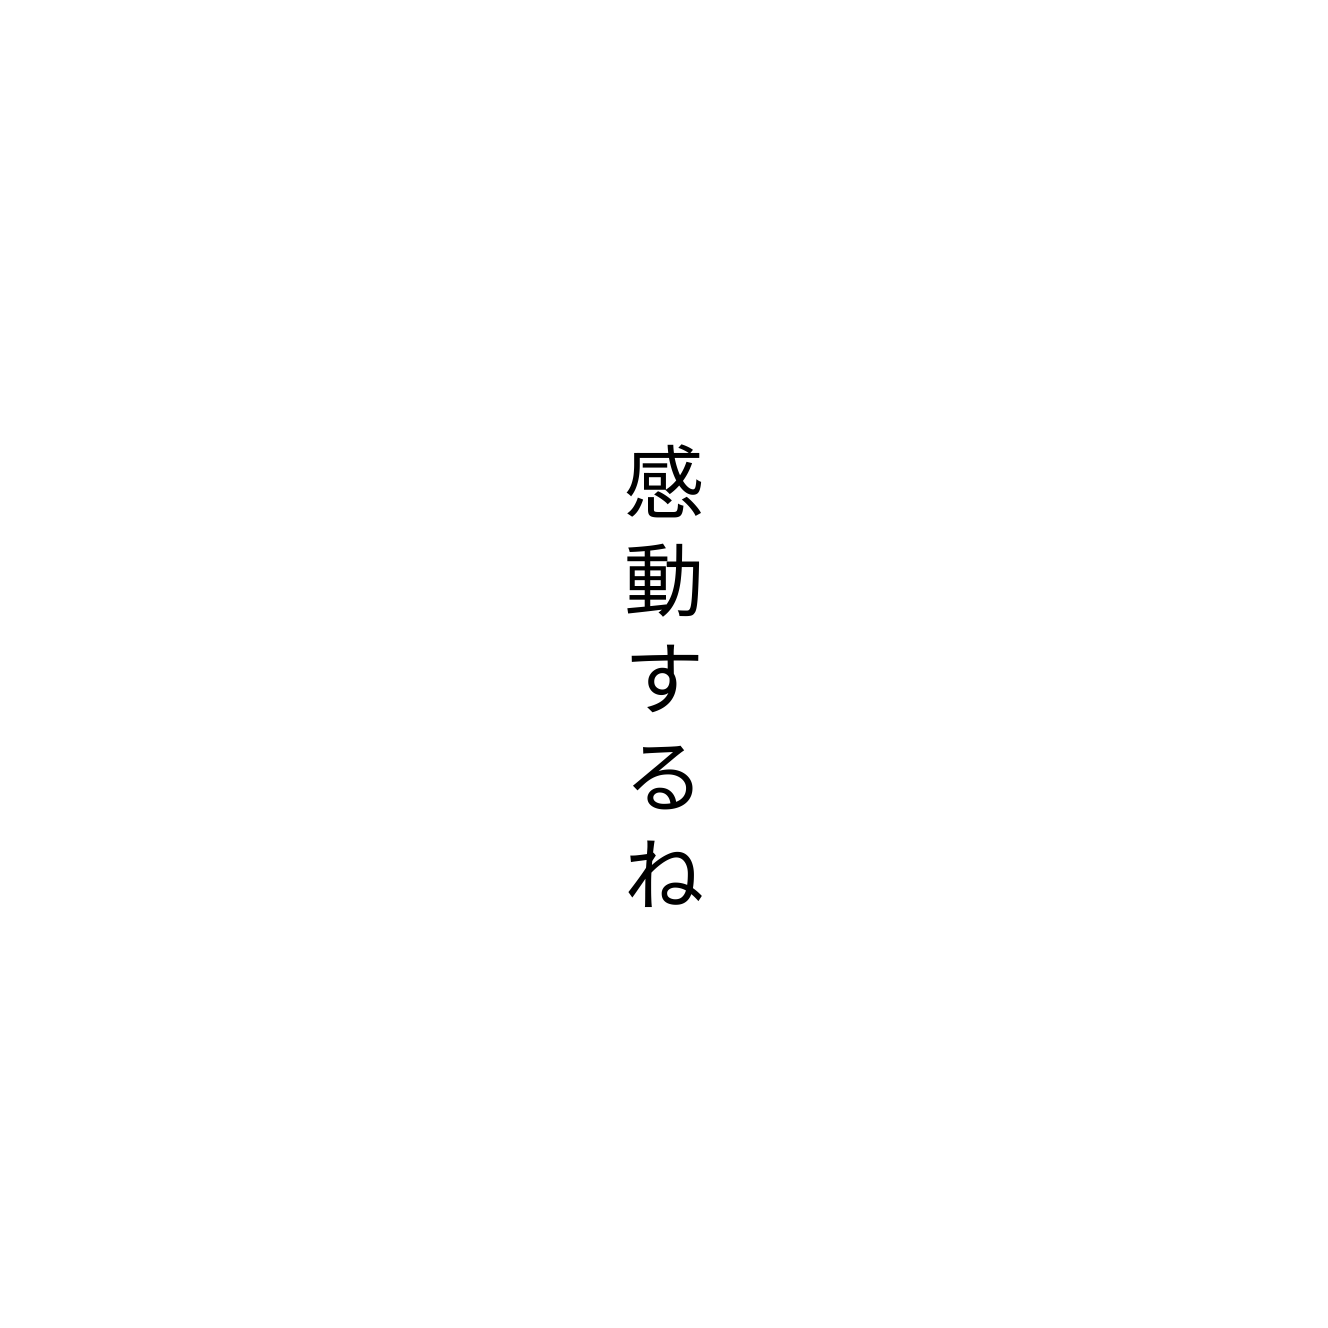
感動するね